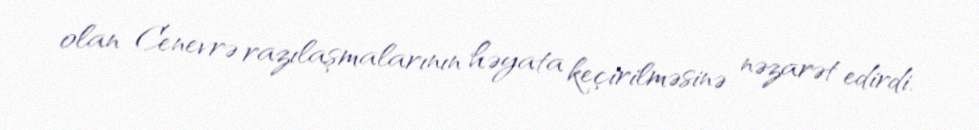
olan Cenevrə razılaşmalarının həyata keçirilməsinə nəzarət edirdi.